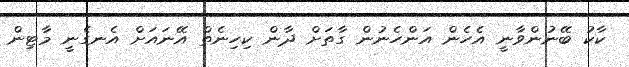
ކާކު ބޭނުންވާނީ އެހެން އަންހެނުން ގާތަށް ދާން ކިހިނެތް އޭނައަށް އެނގެނީ މާޓިން